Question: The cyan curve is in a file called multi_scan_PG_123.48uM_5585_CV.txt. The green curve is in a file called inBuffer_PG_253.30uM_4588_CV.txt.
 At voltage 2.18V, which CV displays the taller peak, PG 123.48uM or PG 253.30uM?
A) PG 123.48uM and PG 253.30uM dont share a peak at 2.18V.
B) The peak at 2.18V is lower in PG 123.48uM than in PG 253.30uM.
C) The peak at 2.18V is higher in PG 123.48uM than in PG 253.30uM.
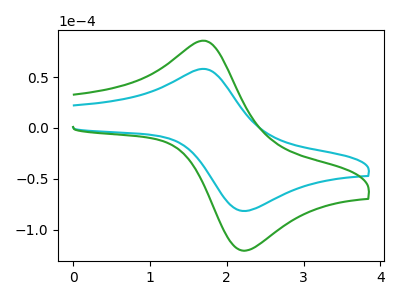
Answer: <think>The cyan curve "PG 123.48uM" has an anodic peak at (1.70V, 58.00uA) and a cathodic peak at (2.20V, -81.20uA). The green curve "PG 253.30uM" has an anodic peak at (1.70V, 85.70uA) and a cathodic peak at (2.20V, -119.95uA).</think>
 <answer>B) The peak at 2.18V is lower in "PG 123.48uM" than in "PG 253.30uM".</answer>
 <eval>B</eval>